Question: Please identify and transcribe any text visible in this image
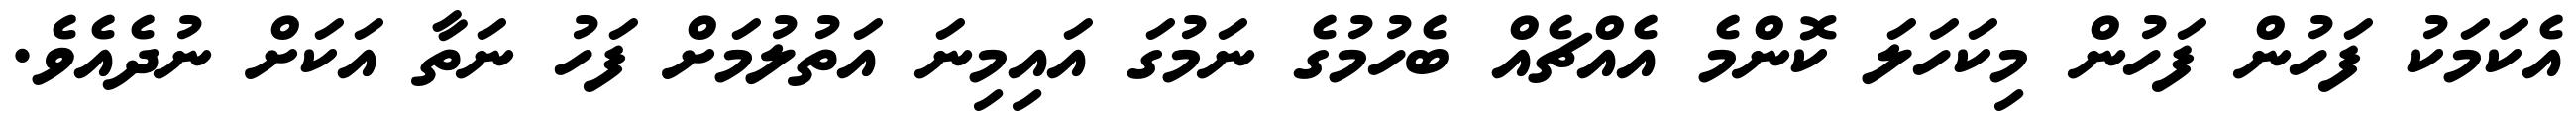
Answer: އެކަމަކު ފަހުން ފަހުން މިކަހަލަ ކޮންމެ އެއްޗެއް ބެހުމުގެ ނަމުގަ އައިމިނަ އަތުލުމަށް ފަހު ނަތާ އަކަށް ނުދެއެވެ.